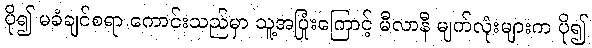
ပို၍ မခံချင်စရာ ကောင်းသည်မှာ သူ့အပြုံးကြောင့် မီလာနီ မျက်လုံးများက ပို၍